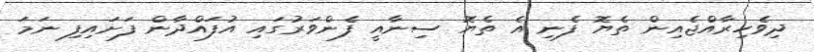
ދިވެހިރާއްޖެއިން ތެޔޮ ފެނި އެ ތެޔޮ ސިނާއީ ފެންވަރުގައި އުފައްދާން ފަށައިފި ނަމަ